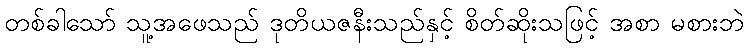
တစ်ခါသော် သူ့အဖေသည် ဒုတိယဇနီးသည်နှင့် စိတ်ဆိုးသဖြင့် အစာ မစားဘဲ